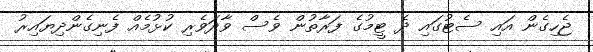
ޖެހިގެން އައި ސެޓުގައި ދެ ޓީމުގެ ފަރާތުން ވެސް ވާދަވެރި ކުޅުމެއް ފެނިގެންދިޔައިރު